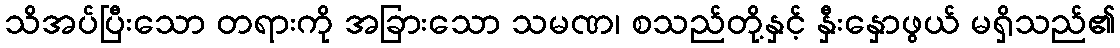
သိအပ်ပြီးသော တရားကို အခြားသော သမဏ၊ စသည်တို့နှင့် နှီးနှောဖွယ် မရှိသည်၏